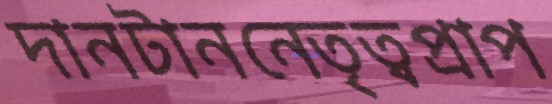
দানটাননেতৃত্বপ্রাপ